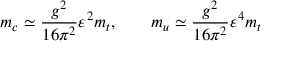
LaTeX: m _ { c } \simeq { \frac { g ^ { 2 } } { 1 6 \pi ^ { 2 } } } \varepsilon ^ { 2 } m _ { t } , \qquad m _ { u } \simeq { \frac { g ^ { 2 } } { 1 6 \pi ^ { 2 } } } \varepsilon ^ { 4 } m _ { t }